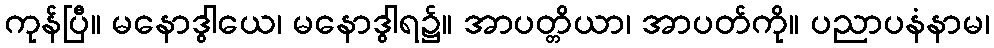
ကုန်ပြီ။ မနောဒွါယေ၊ မနောဒွါရ၌။ အာပတ္တိယာ၊ အာပတ်ကို။ ပညာပနံနာမ၊